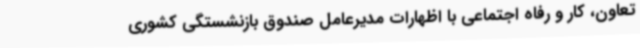
تعاون، کار و رفاه اجتماعی با اظهارات مدیرعامل صندوق بازنشستگی کشوری